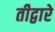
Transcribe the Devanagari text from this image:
तीद्वारे